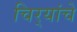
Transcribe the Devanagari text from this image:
चिर्‍यांचे